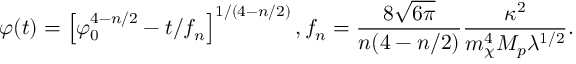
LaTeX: \varphi ( t ) = \left[ \varphi _ { 0 } ^ { 4 - n / 2 } - t / f _ { n } \right] ^ { 1 / ( 4 - n / 2 ) } , f _ { n } = \frac { 8 \sqrt { 6 \pi } } { n ( 4 - n / 2 ) } \frac { \kappa ^ { 2 } } { m _ { \chi } ^ { 4 } M _ { p } \lambda ^ { 1 / 2 } } .